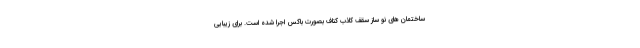
ساختمان های نو ساز سقف کاذب کناف بصورت باکس اجرا شده است. برای زیبایی